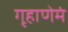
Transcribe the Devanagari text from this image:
गृहाणेमं